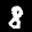
Label: 8